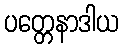
ပတ္တေနာဒါယ